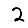
Digit: 2